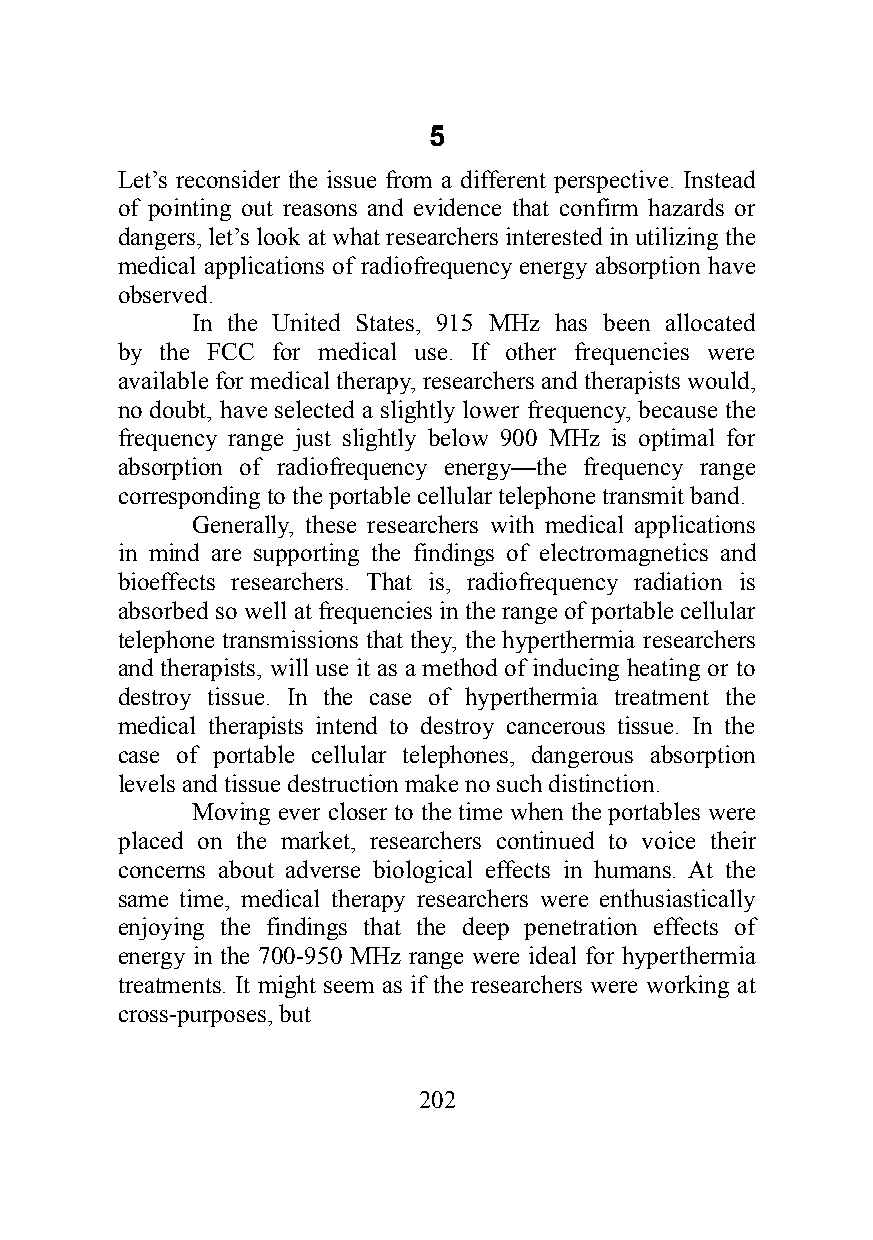
5
 Let’s reconsider the issue from a different perspective. Instead
 of pointing out reasons and evidence that confirm hazards or
 dangers, let’s look at what researchers interested in utilizing the
 medical applications of radiofrequency energy absorption have
 observed.
 In the United States, 915 MHz has been allocated
 by the FCC for medical use. If other frequencies were
 available for medical therapy, researchers and therapists would,
 no doubt, have selected a slightly lower frequency, because the
 frequency range just slightly below 900 MHz is optimal for
 absorption of radiofrequency energy—the frequency range
 corresponding to the portable cellular telephone transmit band.
 Generally, these researchers with medical applications
 in mind are supporting the findings of electromagnetics and
 bioeffects researchers. That is, radiofrequency radiation is
 absorbed so well at frequencies in the range of portable cellular
 telephone transmissions that they, the hyperthermia researchers
 and therapists, will use it as a method of inducing heating or to
 destroy tissue. In the case of hyperthermia treatment the
 medical therapists intend to destroy cancerous tissue. In the
 case of portable cellular telephones, dangerous absorption
 levels and tissue destruction make no such distinction.
 Moving ever closer to the time when the portables were
 placed on the market, researchers continued to voice their
 concerns about adverse biological effects in humans. At the
 same time, medical therapy researchers were enthusiastically
 enjoying the findings that the deep penetration effects of
 energy in the 700-950 MHz range were ideal for hyperthermia
 treatments. It might seem as if the researchers were working at
 cross-purposes, but
 202